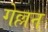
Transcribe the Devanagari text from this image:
गेल्लन